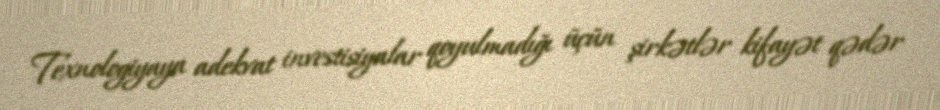
Texnologiyaya adekvat investisiyalar qoyulmadığı üçün şirkətlər kifayət qədər